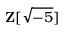
\mathbf { Z } [ { \sqrt { - 5 } } ]